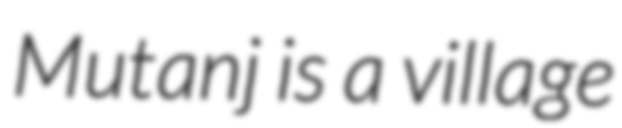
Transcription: Mutanj is a village